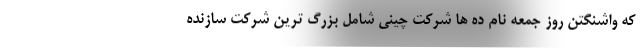
که واشنگتن روز جمعه نام ده ها شرکت چینی شامل بزرگ ترین شرکت سازنده